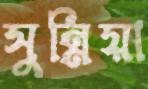
সুন্নিয়া